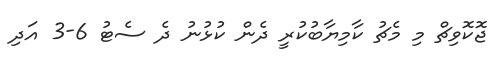
ޖޮކޮވިޗް މި މެޗު ކާމިޔާބުކުރީ ދެން ކުޅުނު ދެ ސެޓު 6-3 އަދި